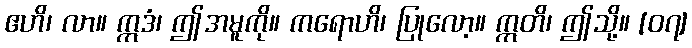
ဧဟိ၊ လာ။ ဣဒံ၊ ဤအမူကို။ ကရောဟိ၊ ပြုလော့။ ဣတိ၊ ဤသို့။ [၀၇]